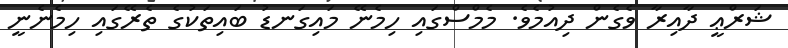
ޝަރްޢީ ދާއިރާ ވެގެން ދިއުމެވެ. މެމްސްގައި ހިމެނޭ މައިގަނޑު ބައިތަކުގެ ތެރޭގައި ހިމެނެނީ